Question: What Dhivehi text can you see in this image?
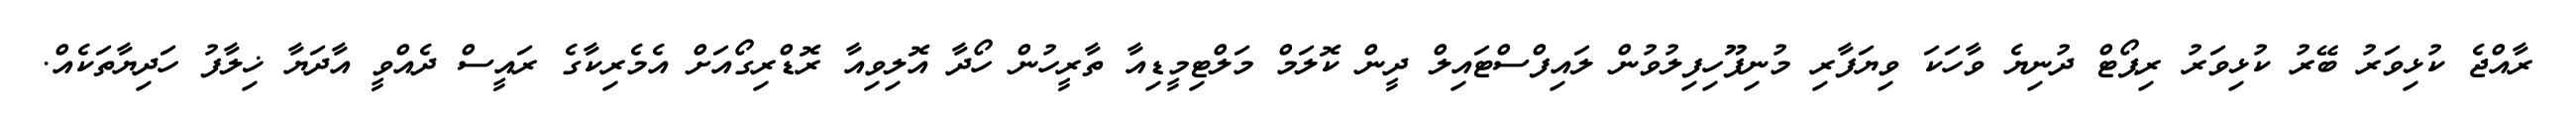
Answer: ރާއްޖެ ކުޅިވަރު ބޭރު ކުޅިވަރު ރިޕޯޓް ދުނިޔެ ވާހަކަ ވިޔަފާރި މުނިފޫހިފިލުވުން ލައިފްސްޓައިލް ދީން ކޮލަމް މަލްޓިމީޑިއާ ތާރީހުން ހޯދާ އޮލިވިއާ ރޮޑްރިގޯއަށް އެމެރިކާގެ ރައީސް ދެއްވީ އާދަޔާ ޚިލާފު ހަދިޔާތަކެއް.